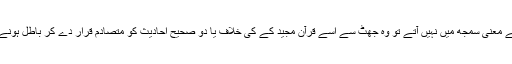
آج بھی بعض لوگ سرسری طور پر حدیث کا مطالعہ کرتے ہیں اور جب انہیں کسی حدیث کے معنی سمجھ میں نہیں آتے تو وہ جھٹ سے اسے قرآن مجید کے کی خلاف یا دو صحیح احادیث کو متصادم قرار دے کر باطل ہونے کا فتوی دے دیتے ہیں،جو جہالت اور انکار حدیث کی سازش کا ہاتھ بٹانے کے مترادف ہے۔